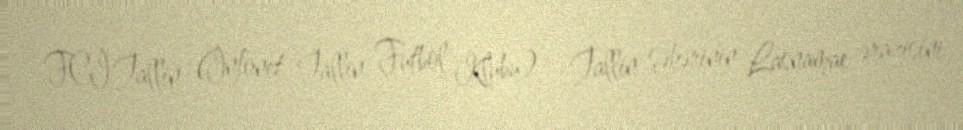
FCİ Tallin (İnfonet Tallin Futbol Klubu) — Tallin şəhərinin Lasnamae ərazisini